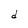
Character: d